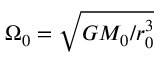
\Omega _ { 0 } = \sqrt { G M _ { 0 } / r _ { 0 } ^ { 3 } }